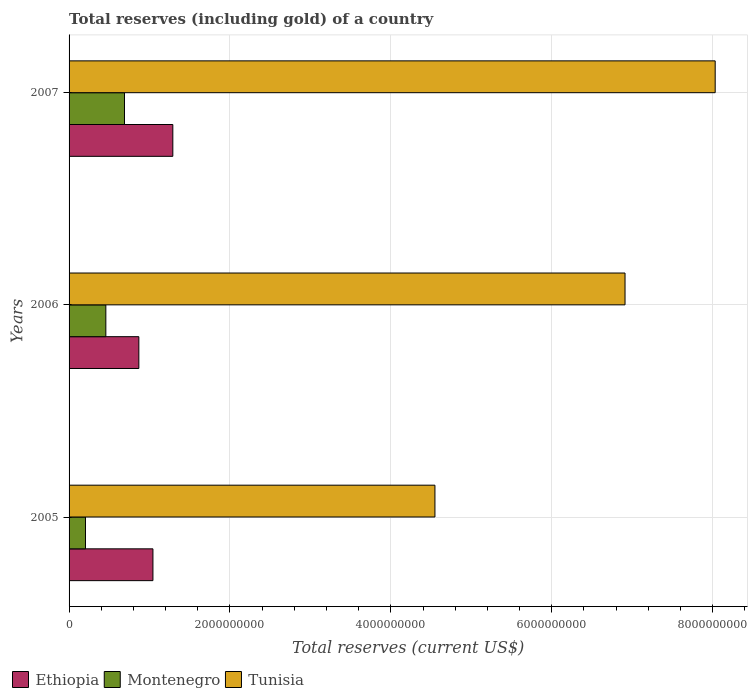
| Years | Ethiopia | Montenegro | Tunisia |
 | --- | --- | --- | --- |
 | 2005 | 1.04e+09 | 2.04e+08 | 4.55e+09 |
 | 2006 | 8.67e+08 | 4.57e+08 | 6.91e+09 |
 | 2007 | 1.29e+09 | 6.89e+08 | 8.03e+09 |